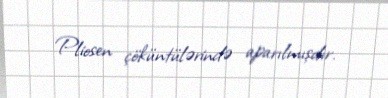
Pliosen çöküntülərində aparılmışdır.